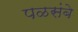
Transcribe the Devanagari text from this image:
पळसंबे